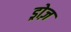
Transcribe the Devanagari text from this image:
ड्रोज़